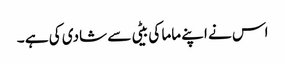
اس نے اپنے ماما کی بیٹی سے شادی کی ہے ۔